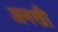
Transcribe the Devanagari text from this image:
अनखी